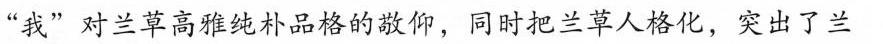
“我”对兰草高雅纯朴品格的敬仰，同时把兰草人格化，突出了兰